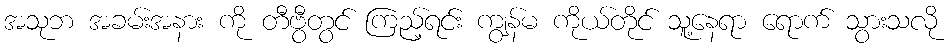
အသုဘ အခမ်းအနား ကို တီဗွီတွင် ကြည့်ရင်း ကျွန်မ ကိုယ်တိုင် သူ့နေရာ ရောက် သွားသလို